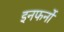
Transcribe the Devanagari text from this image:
इनफर्नो